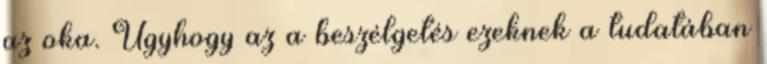
az oka. Úgyhogy az a beszélgetés ezeknek a tudatában